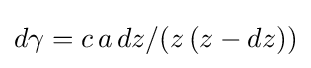
d\gamma =c\,a\,dz/(z\,(z-dz))